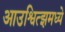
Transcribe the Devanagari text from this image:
आउश्वित्झमध्ये